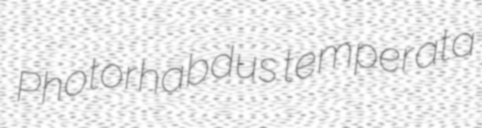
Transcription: Photorhabdus temperata